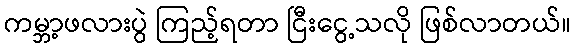
ကမ္ဘာ့ဖလားပွဲ ကြည့်ရတာ ငြီးငွေ့သလို ဖြစ်လာတယ်။